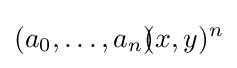
(a_{0},\ldots ,a_{n})\!\!(x,y)^{n}